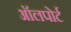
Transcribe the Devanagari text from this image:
ऑलपोर्ट